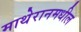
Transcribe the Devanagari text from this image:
माथेरानमधील